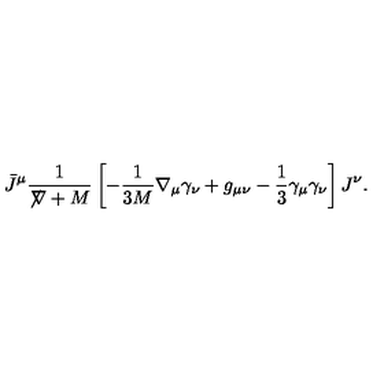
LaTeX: \bar { J } ^ { \mu } \frac { 1 } { \not \! \nabla + M } \left[ - \frac { 1 } { 3 M } \nabla _ { \mu } \gamma _ { \nu } + g _ { \mu \nu } - \frac { 1 } { 3 } \gamma _ { \mu } \gamma _ { \nu } \right] J ^ { \nu } .